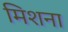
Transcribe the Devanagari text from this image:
मिशना